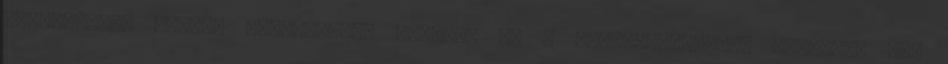
szerkesztők szépen elpártoltak Robtól, és a szerkesztéstől. Robsten: már